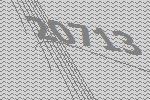
20713